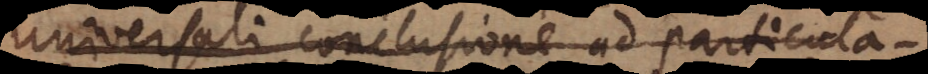
universali conclusione ad particula